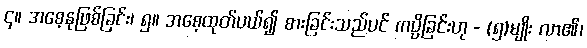
၄။ အစေ့နုဖြစ်ခြင်း၊ ၅။ အစေ့ထုတ်ပယ်၍ စားခြင်းသည်ပင် ကပ္ပိခြင်းဟု - (၅)မျိုး လာ၏၊